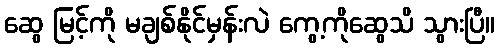
ဆွေ မြင့်ကို မချစ်နိုင်မှန်းလဲ ကွေ့ကိုဆွေသိ သွားပြီ။